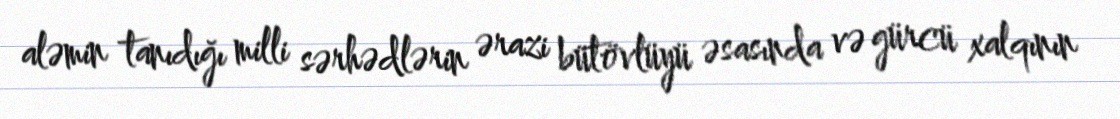
aləmin tanıdığı milli sərhədlərin ərazi bütövlüyü əsasında və gürcü xalqının